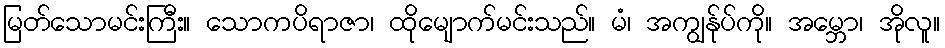
မြတ်သောမင်းကြီး။ သောကပိရာဇာ၊ ထိုမျောက်မင်းသည်။ မံ၊ အကျွန်ုပ်ကို။ အမ္ဘော၊ အိုလူ။